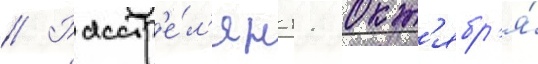
// Расстр'е́л'ян 11 окт'ябр'я́